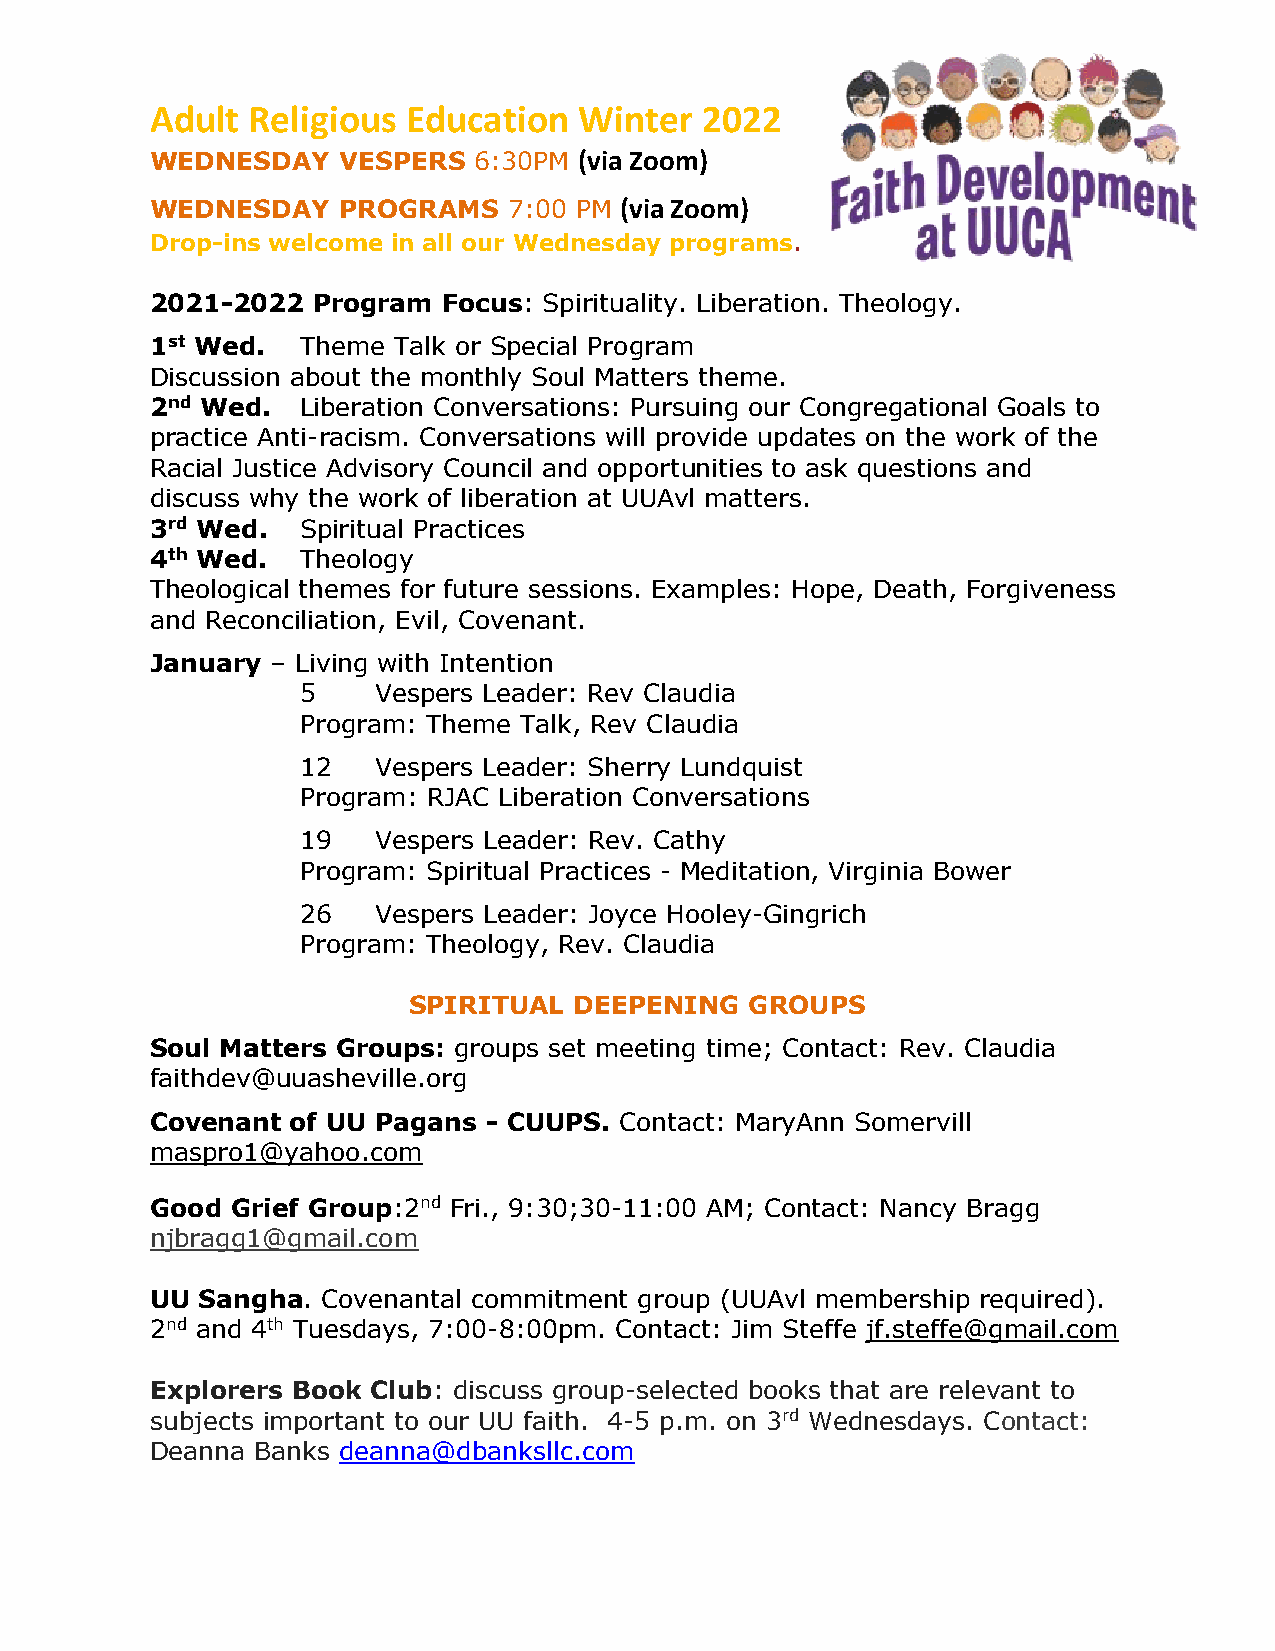
Adult Religious  Education  Winter  2022
 WEDNESDAY   VESPERS  6:30PM (via Zoom)
 WEDNESDAY   PROGRAMS    7:00 PM (via Zoom)
 Drop-ins welcome in all our Wednesday programs.
 2021-2022  Program Focus: Spirituality. Liberation. Theology.
 1st Wed.  Theme Talk or Special Program
 Discussion about the monthly Soul Matters theme.
 2nd Wed.  Liberation Conversations: Pursuing our Congregational Goals to
 practice Anti-racism. Conversations will provide updates on the work of the
 Racial Justice Advisory Council and opportunities to ask questions and
 discuss why the work of liberation at UUAvl matters.
 3rd Wed.  Spiritual Practices
 4th Wed.  Theology
 Theological themes for future sessions. Examples: Hope, Death, Forgiveness
 and Reconciliation, Evil, Covenant.
 January – Living with Intention
 5    Vespers Leader: Rev Claudia
 Program: Theme Talk, Rev Claudia
 12   Vespers Leader: Sherry Lundquist
 Program: RJAC Liberation Conversations
 19   Vespers Leader: Rev. Cathy
 Program: Spiritual Practices - Meditation, Virginia Bower
 26   Vespers Leader: Joyce Hooley-Gingrich
 Program: Theology, Rev. Claudia
 SPIRITUAL  DEEPENING   GROUPS
 Soul Matters Groups: groups set meeting time; Contact: Rev. Claudia
 faithdev@uuasheville.org
 Covenant of UU Pagans - CUUPS. Contact: MaryAnn Somervill
 maspro1@yahoo.com
 Good Grief Group:2nd Fri., 9:30;30-11:00 AM; Contact: Nancy Bragg
 njbragg1@gmail.com
 UU Sangha. Covenantal commitment group (UUAvl membership required).
 2nd and 4th Tuesdays, 7:00-8:00pm. Contact: Jim Steffe jf.steffe@gmail.com
 Explorers Book Club: discuss group-selected books that are relevant to
 subjects important to our UU faith. 4-5 p.m. on 3rd Wednesdays. Contact:
 Deanna Banks deanna@dbanksllc.com